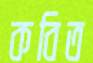
কবিত